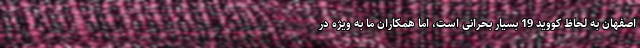
اصفهان به لحاظ کووید 19 بسیار بحرانی است، اما همکاران ما به ویژه در